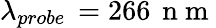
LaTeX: \lambda_{probe}\, =266\, \mathrm{~n~m~}